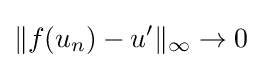
\|f(u_{n})-u'\|_{\infty }\to 0